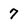
Character: 7